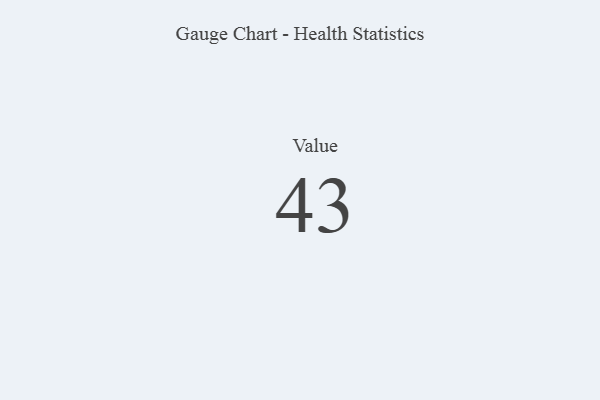
{"axis": {"x": "Metric", "y": "Value"}, "legend": [""], "data": [{"x": "Value", "y": 43, "type": ""}]}